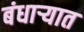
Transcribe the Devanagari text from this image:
बंधाऱ्यात